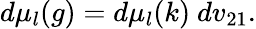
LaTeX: d\mu_{l}(g)=d\mu_{l}(k)~dv_{21}.